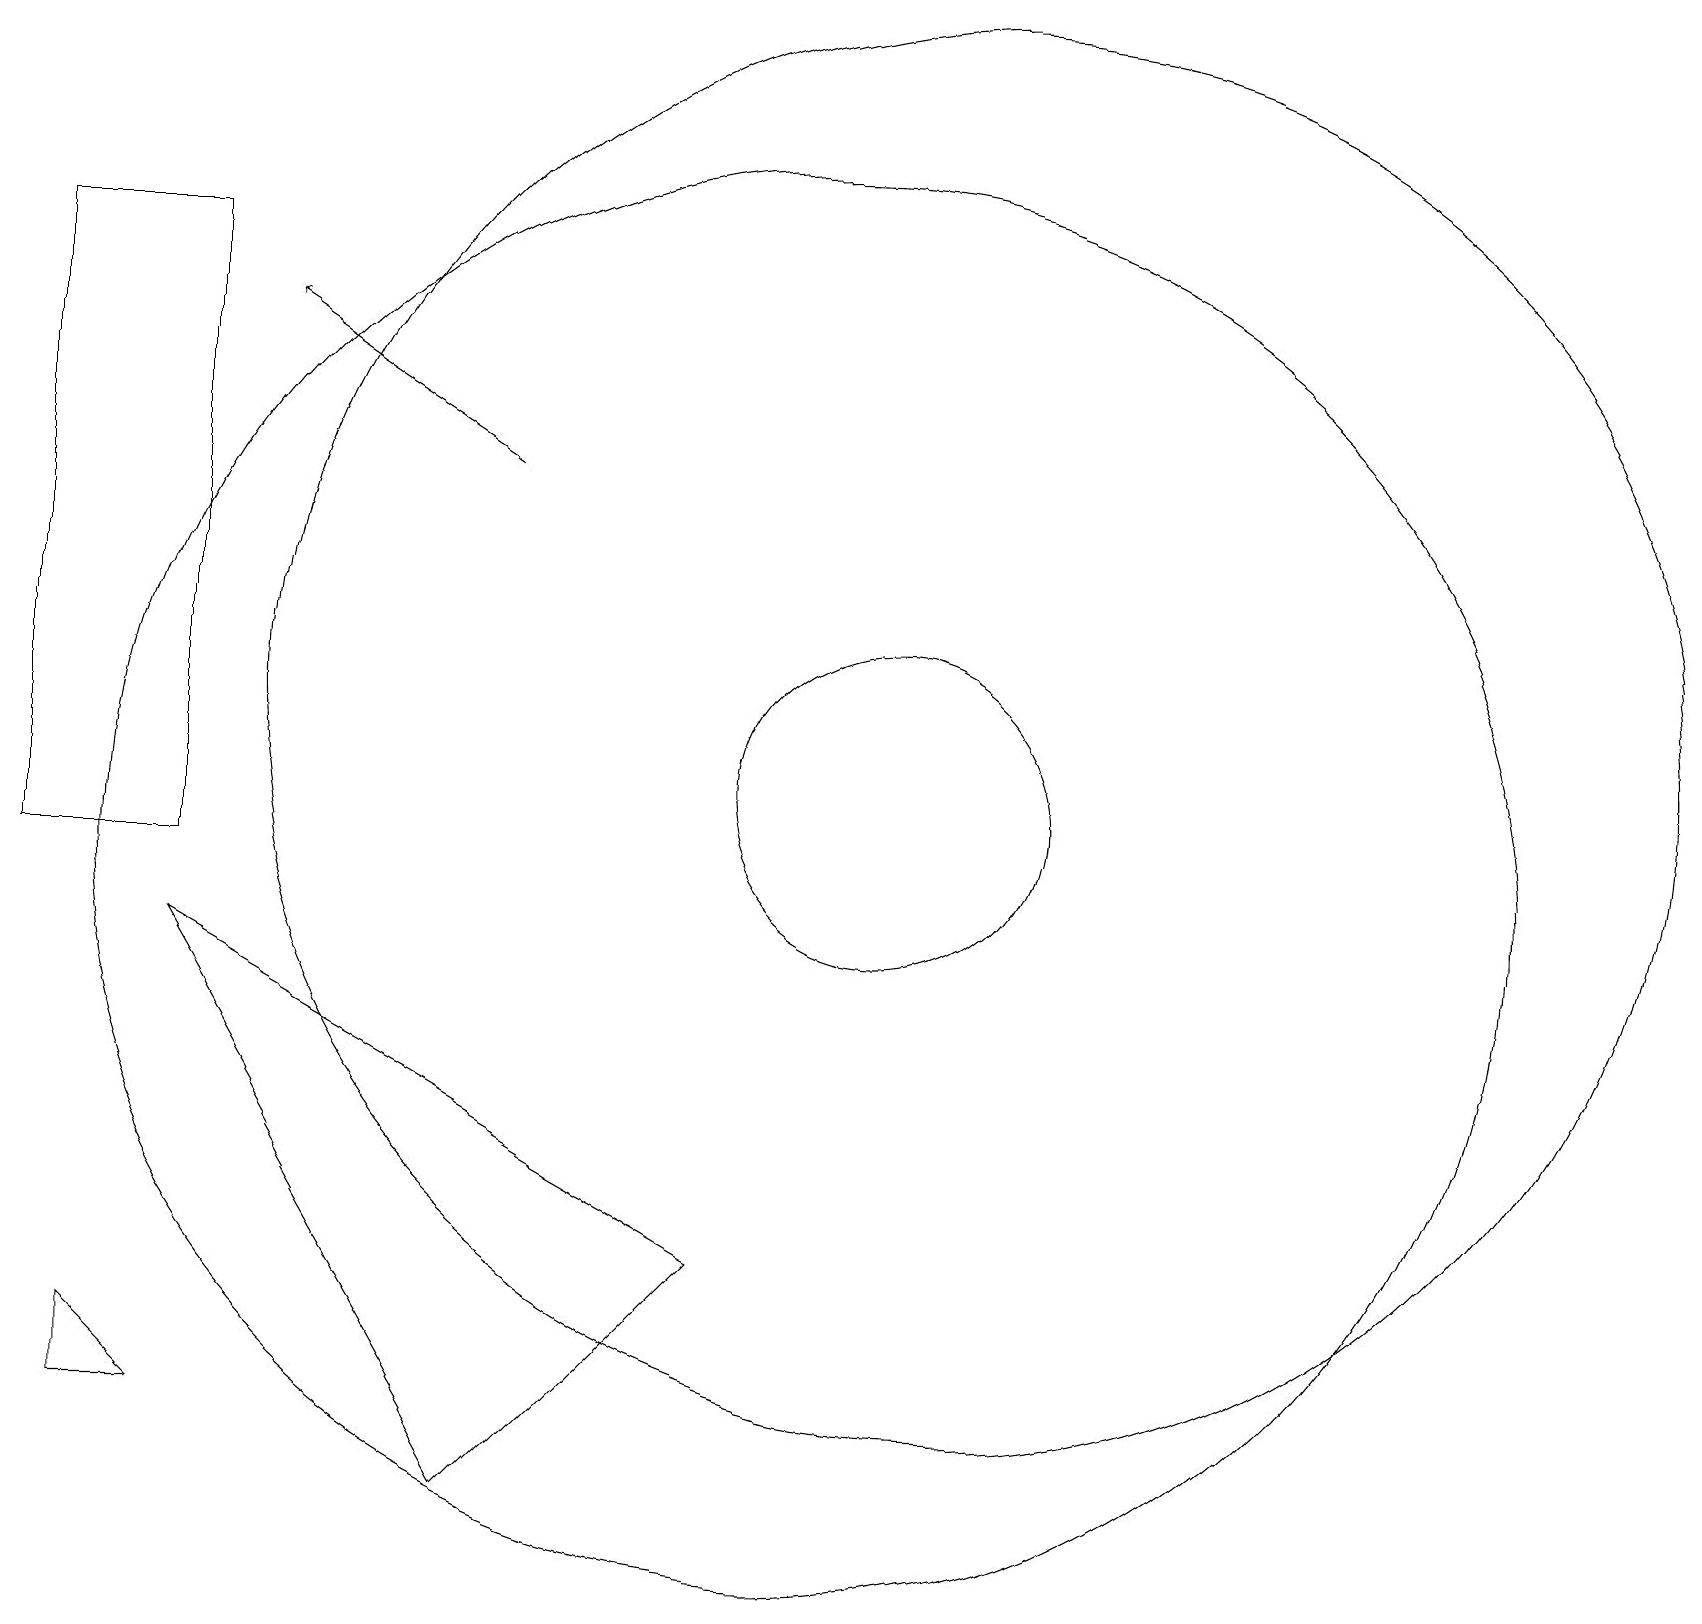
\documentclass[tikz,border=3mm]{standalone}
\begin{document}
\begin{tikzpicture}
\draw (10,10) circle (9);
\draw (9,5) -- (6,2) -- (2,9) -- cycle;
\draw (12,10) circle (0);
\draw (11,11) circle (2);
\draw (1,4) -- (1,3) -- (2,3) -- cycle;
\draw[->] (6,15) -- (3,17);
\draw (12,12) circle (9);
\draw (0,18) rectangle (2,10);
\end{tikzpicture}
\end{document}